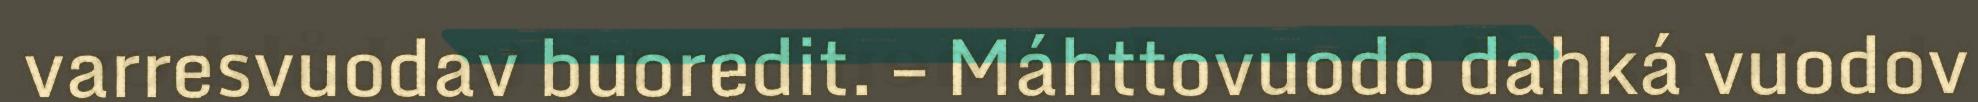
varresvuodav buoredit. – Máhttovuodo dahká vuodov